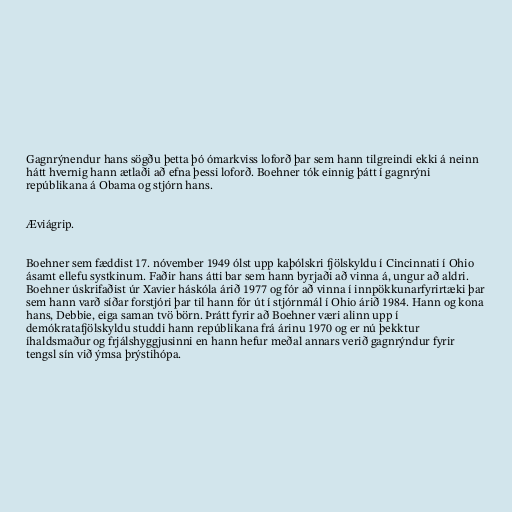
Gagnrýnendur hans sögðu þetta þó ómarkviss loforð þar sem hann tilgreindi ekki á neinn
hátt hvernig hann ætlaði að efna þessi loforð. Boehner tók einnig þátt í gagnrýni
repúblikana á Obama og stjórn hans.

Æviágrip.

Boehner sem fæddist 17. nóvember 1949 ólst upp kaþólskri fjölskyldu í Cincinnati í Ohio
ásamt ellefu systkinum. Faðir hans átti bar sem hann byrjaði að vinna á, ungur að aldri.
Boehner úskrifaðist úr Xavier háskóla árið 1977 og fór að vinna í innpökkunarfyrirtæki þar
sem hann varð síðar forstjóri þar til hann fór út í stjórnmál í Ohio árið 1984. Hann og kona
hans, Debbie, eiga saman tvö börn. Þrátt fyrir að Boehner væri alinn upp í
demókratafjölskyldu studdi hann repúblikana frá árinu 1970 og er nú þekktur
íhaldsmaður og frjálshyggjusinni en hann hefur meðal annars verið gagnrýndur fyrir
tengsl sín við ýmsa þrýstihópa.